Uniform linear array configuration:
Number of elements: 4
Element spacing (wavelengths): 0.75
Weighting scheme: hann
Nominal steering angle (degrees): -60
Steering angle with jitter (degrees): -61.149
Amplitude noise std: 0.05
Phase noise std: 0.05

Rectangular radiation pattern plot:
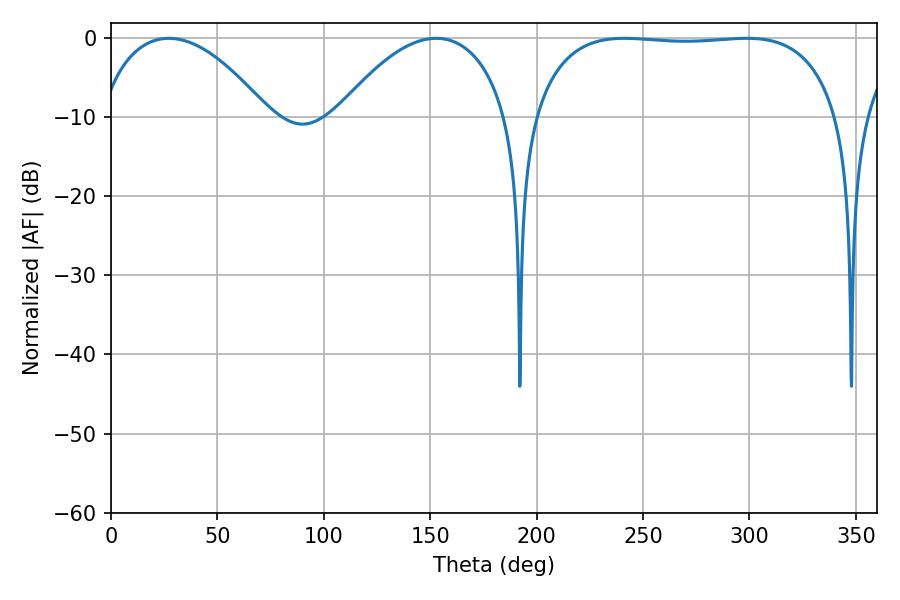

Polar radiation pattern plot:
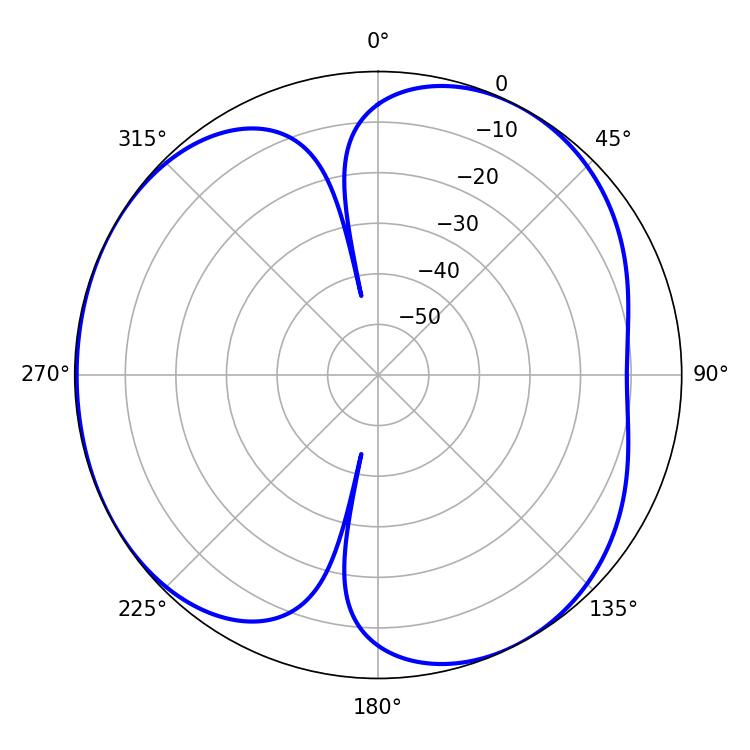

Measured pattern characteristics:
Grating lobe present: TRUE
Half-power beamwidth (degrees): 44.82
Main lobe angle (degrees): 152.82